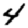
Digit: 4